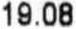
19.08